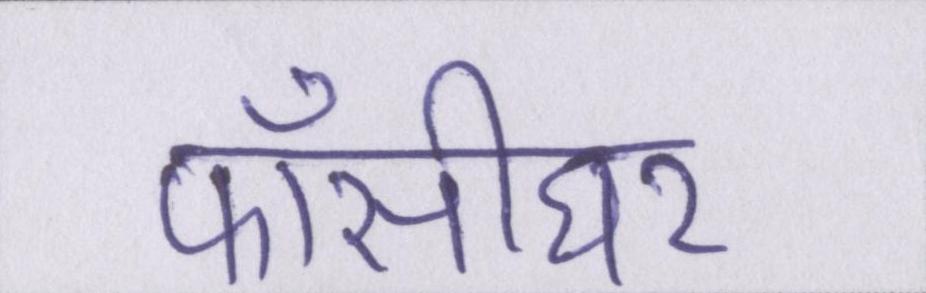
फाँसीघर